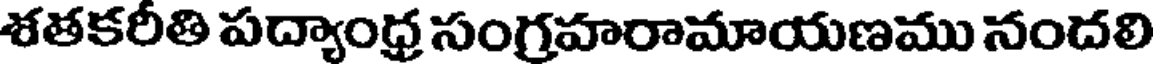
శతకరీతి పద్యాంధ్ర సంగ్రహరామాయణము నందలి